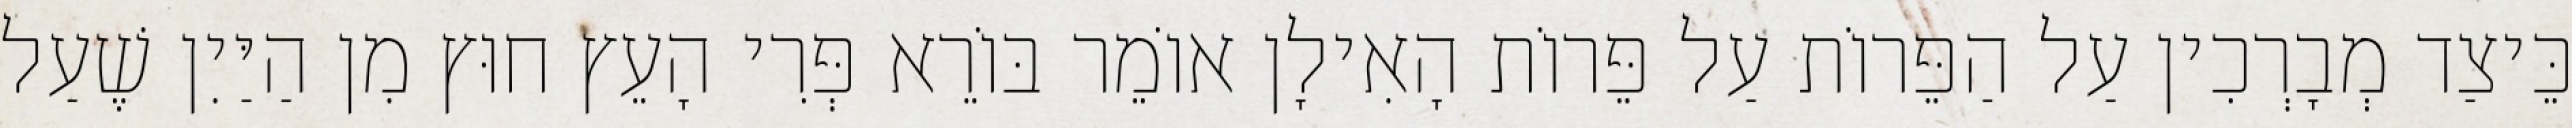
כֵּיצַד מְבָרְכִין עַל הַפֵּרוֹת עַל פֵּרוֹת הָאִילָן אוֹמֵר בּוֹרֵא פְּרִי הָעֵץ חוּץ מִן הַיַּיִן שֶׁעַל